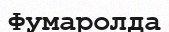
Фумаролда